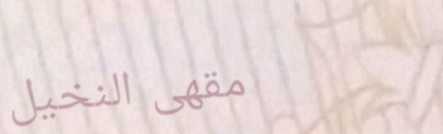
مقهى النخيل